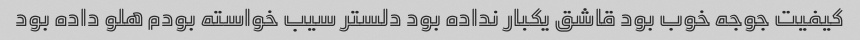
کیفیت جوجه خوب بود قاشق یکبار نداده بود دلستر سیب خواسته بودم هلو داده بود